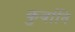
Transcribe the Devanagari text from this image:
कुर्बानि